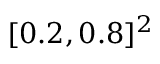
[ 0 . 2 , 0 . 8 ] ^ { 2 }